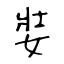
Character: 娤